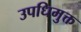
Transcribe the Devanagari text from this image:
उपधिमुक्त